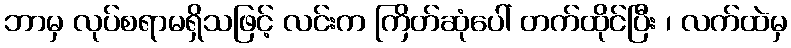
ဘာမှ လုပ်စရာမရှိသဖြင့် လင်းက ကြိတ်ဆုံပေါ် တက်ထိုင်ပြီး ၊ လက်ထဲမှ